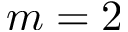
m = 2